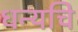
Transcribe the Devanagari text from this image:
धन्यचि